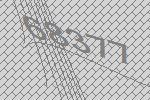
68377